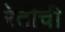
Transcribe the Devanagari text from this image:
रेतीची